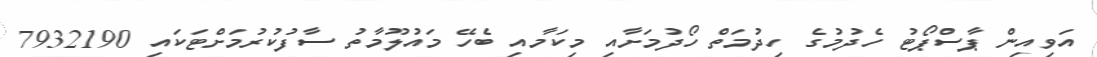
އަވިއިން ޕާސްޕޯޓު ހެދުމުގެ ހިދުމަތް ހޯދުމަށާއި މިކަމާއި ބެހޭ މައުލޫމާތު ސާފުކުރުމަށްޓަކައި 7932190